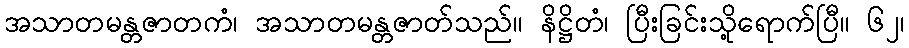
အသာတမန္တဇာတကံ၊ အသာတမန္တဇာတ်သည်။ နိဋ္ဌိတံ၊ ပြီးခြင်းသို့ရောက်ပြီ။ ၆၂၊